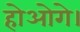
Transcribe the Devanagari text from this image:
होओगे।